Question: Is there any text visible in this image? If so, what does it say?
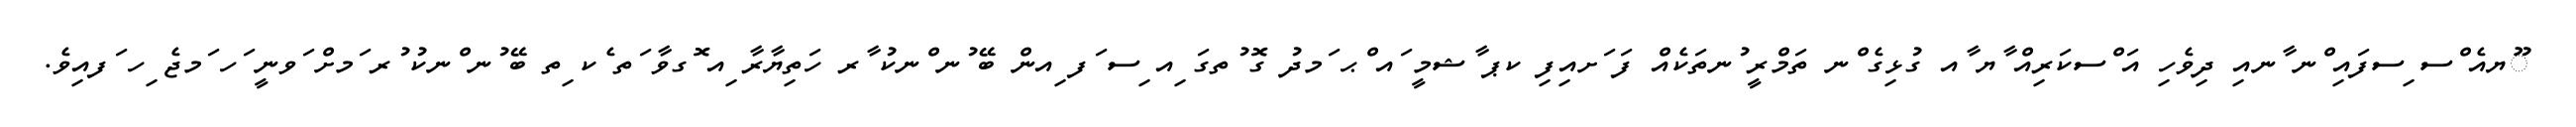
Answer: ޫޔއެ ްސ ިސފައި ްނ ާނއި ދިވެހި އަ ްސކަރިއް ާޔ ާއ ގުޅިގެ ްނ ތަމްރީ ުނތަކެއް ފަ ަށއިފި ކޕ ާޝމީ ައ ްޙ ަމދު ގޮ ުތގަ ިއ ިސ ަފ ިއން ބޭ ުނ ްނކު ާރ ހަތިޔާރާ ިއ ޮގވާ ަތ ެކ ިތ ބޭ ުނ ްނކު ުރ ަމށް ަވނީ ަހ ަމޖެ ިހ ަފއިވެ.